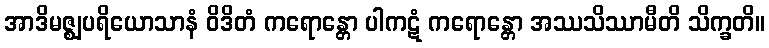
အာဒိမဇ္ဈပရိယောသာနံ ဝိဒိတံ ကရောန္တော ပါကဋံ ကရောန္တော အဿသိဿာမီတိ သိက္ခတိ။